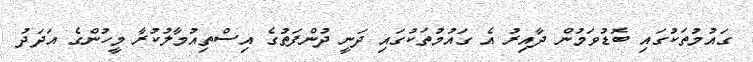
ގައުމުތަކުގައި ބޮޑުވަމުން ދާއިރު އެ ގައުމުތަކުގައި ދަނީ ދުންފަތުގެ އިސްތިއުމާލުކުރާ މީހުންގެ އަދަދު